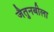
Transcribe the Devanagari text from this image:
जैतुनबीला